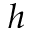
h